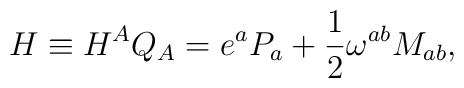
H\equiv H^AQ_A=e^aP_a+\frac{1}{2}\omega^{ab}M_{ab},